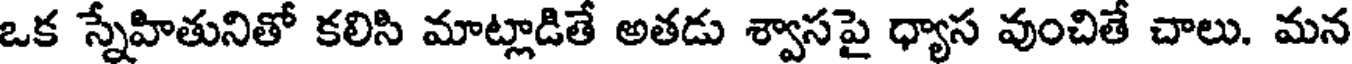
ఒక స్నేహితునితో కలిసి మాట్లాడితే అతడు శ్వాసపై ధ్యాస వుంచితే చాలు. మన